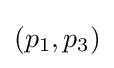
(p_{1},p_{3})